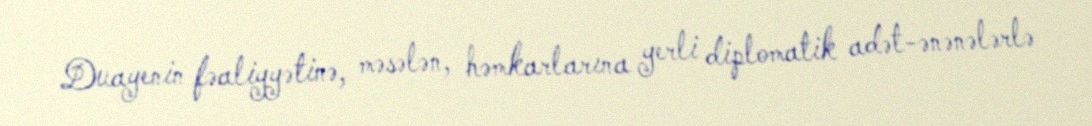
Duayenin fəaliyyətinə, məsələn, həmkarlarına yerli diplomatik adət-ənənələrlə